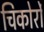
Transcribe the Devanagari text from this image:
चिकोर्रो